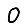
Digit: 0